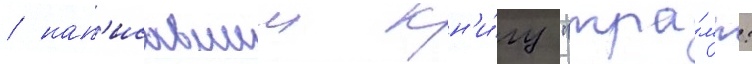
/ нап'исавшии кн'и́гу "тра́мп: